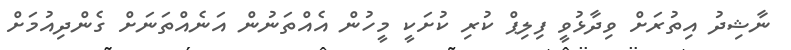
ނާޝިދު އިތުރަށް ވިދާޅުވީ ފިލިޕް ކުރި ކުށަކީ މީހުން އެއްތަނުން އަނެއްތަނަށް ގެންދިއުމަށް